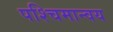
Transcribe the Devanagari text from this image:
पश्चिमान्वय